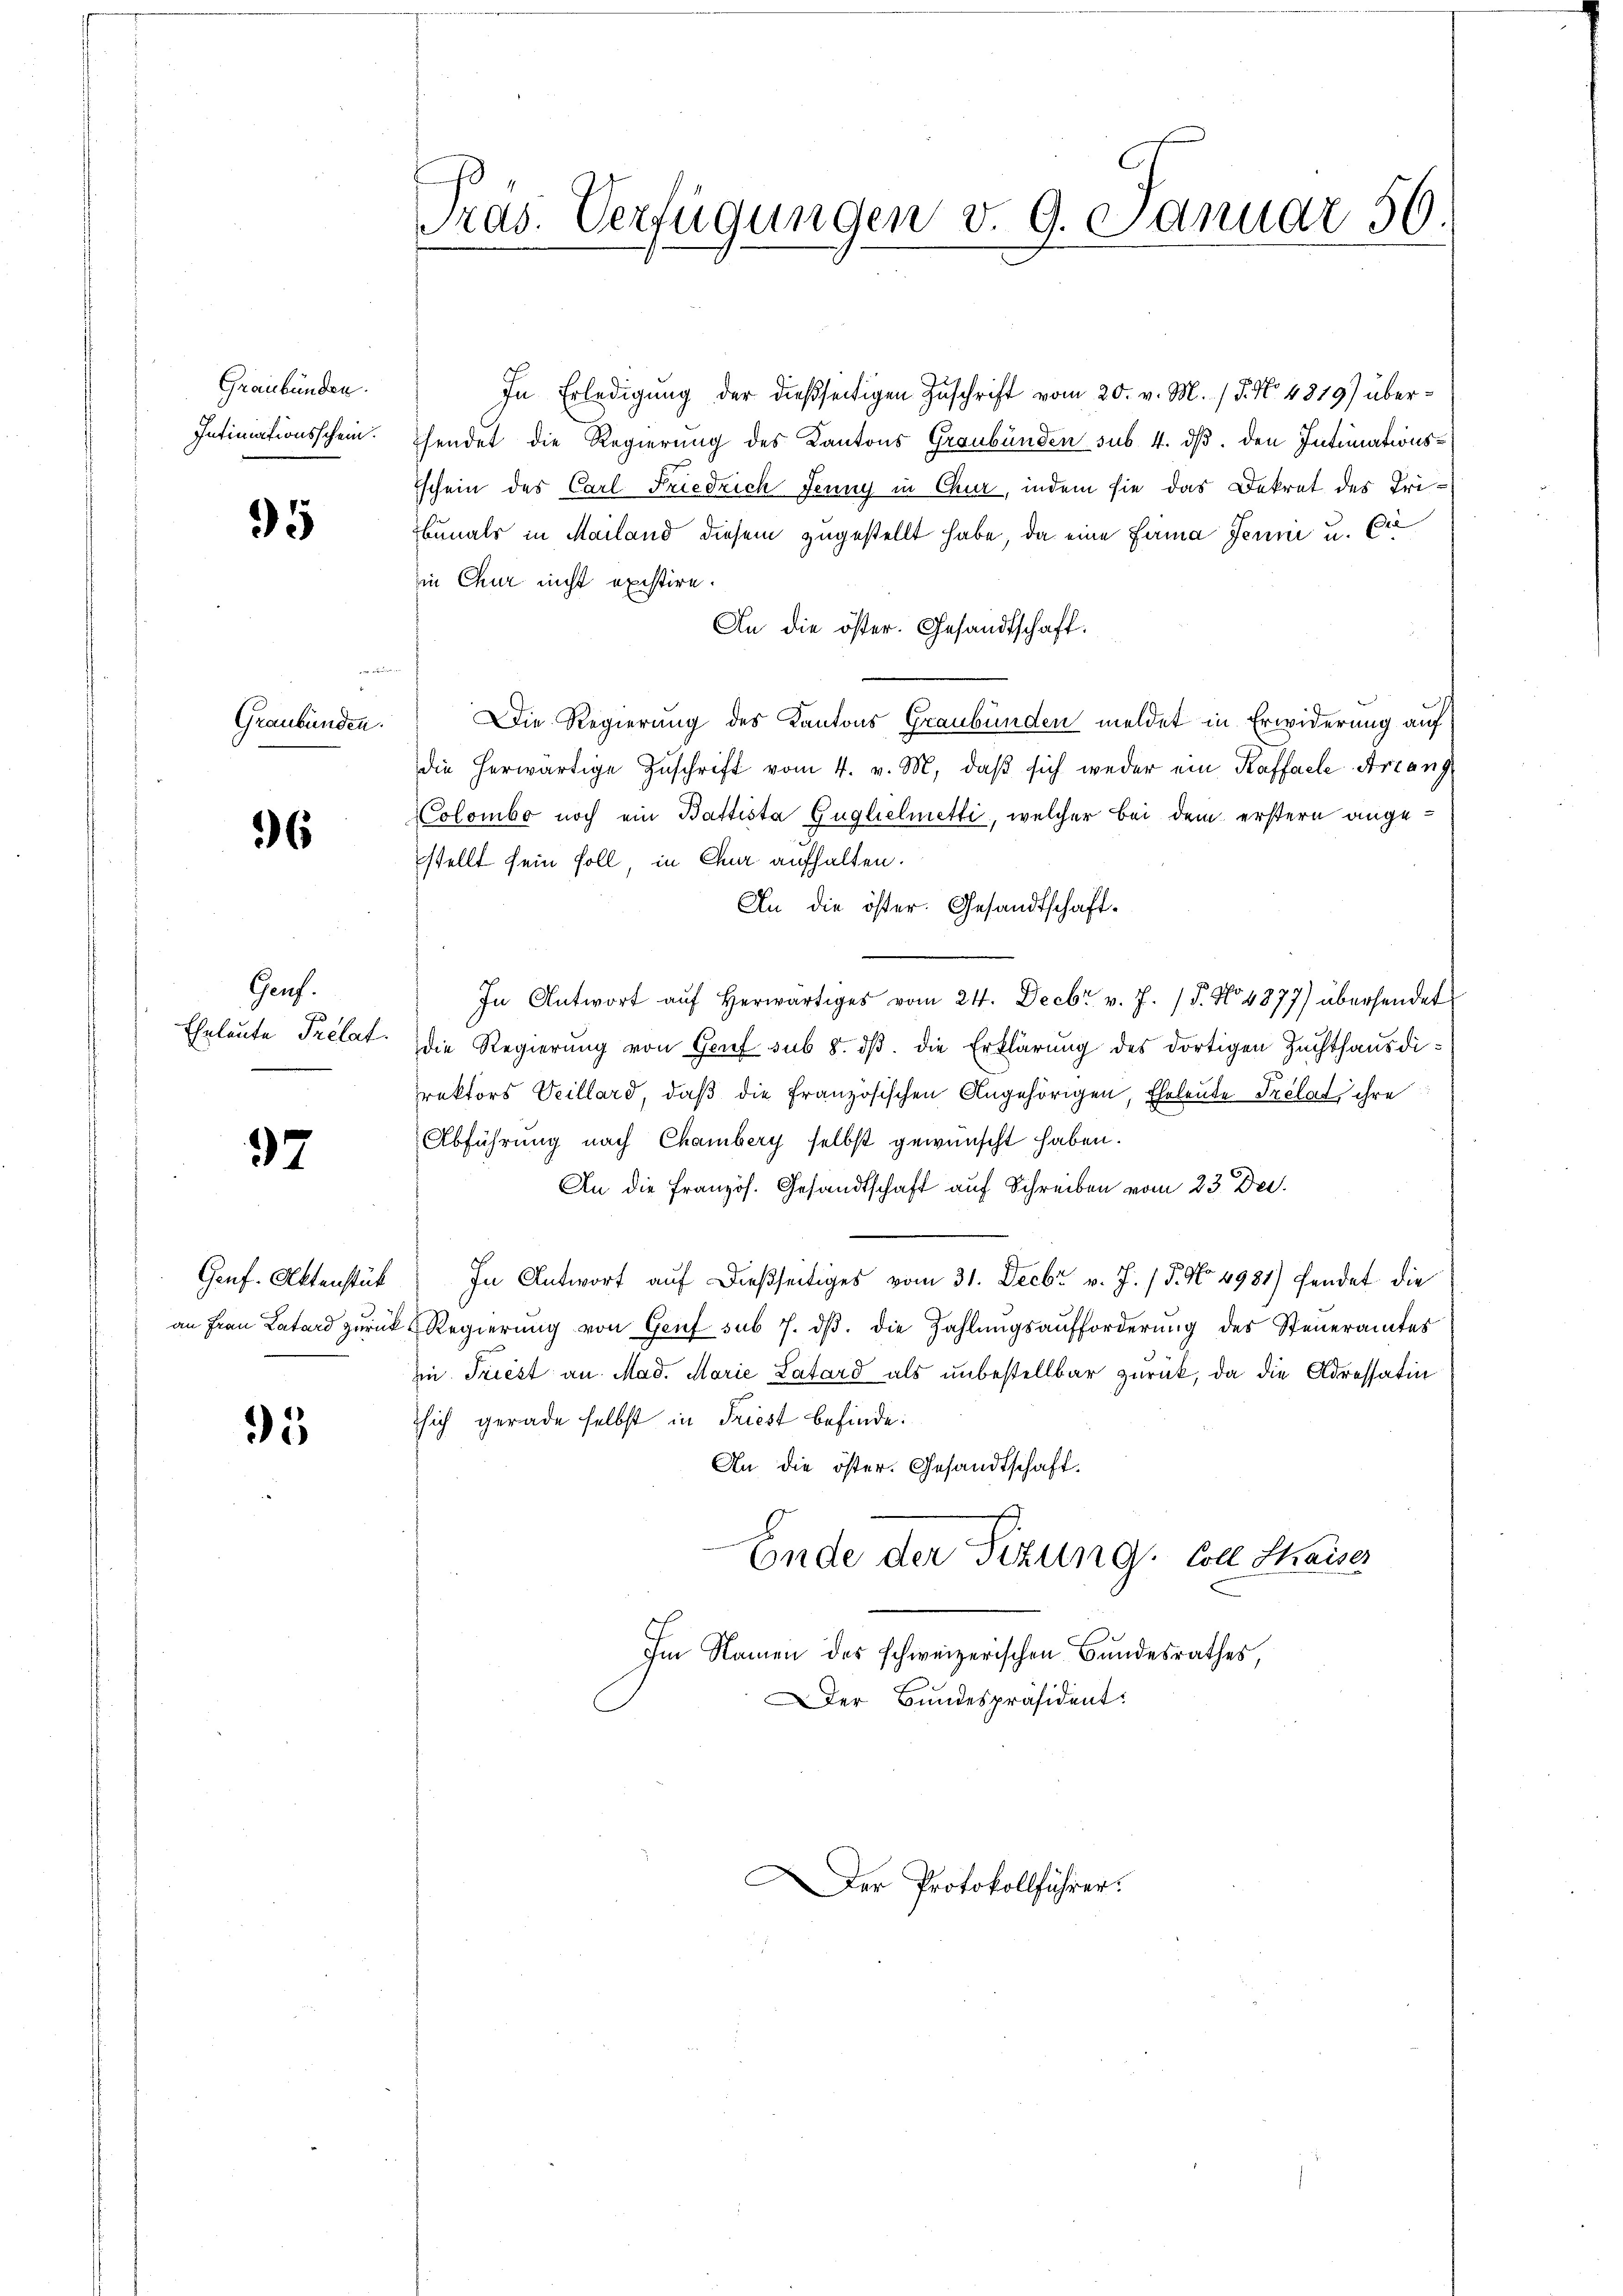
Graubünden.
Intimationsschein.

95

Graubünden.

36

Genf.
Eheleute Prélat.

37

Genf. Aktenstück
an Frau Latard zurück

35

Pras. Verfügungen v. 9. Januar 56

In Erledigung der dießseitigen Zuschrift vom 20. v. M. / 5. No. 4819) übersendet die Regierung des Kantons Graubünden sub. 4. ds. den Intimationsschein des Carl Friedrich Jenny in Chur, indem sie das Dekret des Tribunals in Mailand diesem zugestellt habe, da eine Fama Jenni u. Die
in Chur nicht existire.
An die öster. Gesandtschaft.
Die Regierung des Kantons Graubünden meldet in Erwiderung auf
die herwärtige Zuschrift vom 4. v. M. daß sich weder ein Kaffalle Arrang
Colombo noch ein Battista Guglielmetti, welcher bei dem erstern angestellt sein soll in Chur aufhalten.
An die öster. Gesandtschaft¬
In Antwort aŭf herwärtiges vom 24. Decbr. v. J. P. No 4877) übersendet
die Regierung von Genf sub 8. dβ. die Erklärung des dortigen Zuchthausdirektors Veillard, daß die französischen Angehörigen, Eheleute Prelat ihre
Abführung nach Chamberg selbst gewünscht haben.
An die Französ. Gesandtschaft auf Schreiben vom 23. Dec.
In Antwort auf dießseitiges vom 31. Decbr v. J. / 5. No 4981) fendet die
Regierung von Genf sub 7. dβ. die Zahlungsaufforderung des Steueramtes
u. Triest an Mad. Marie Latard als unbestellbar zurück, da die Adressatin
sich gerade selbst in Friest befinde:
An die öster. Gesandtschaft,
E.
Ende der Sitzung. Coll Kaiser
Im Namen des schweizerischen Bundesrathes,
er Bundespräsident:

Der Protokollführer.